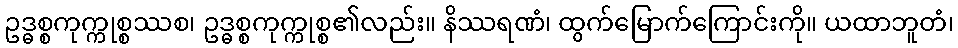
ဥဒ္ဓစ္စကုက္ကုစ္စဿစ၊ ဥဒ္ဓစ္စကုက္ကုစ္စ၏လည်း။ နိဿရဏံ၊ ထွက်မြောက်ကြောင်းကို။ ယထာဘူတံ၊